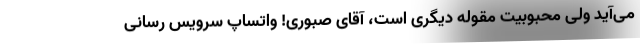
می‌آید ولی محبوبیت مقوله دیگری است، آقای صبوری! واتساپ سرویس ‌رسانی